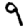
Digit: 9